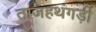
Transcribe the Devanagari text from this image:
ताजहथंगड़ी